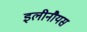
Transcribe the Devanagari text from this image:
इलीनौयस